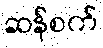
ဆန်စက်